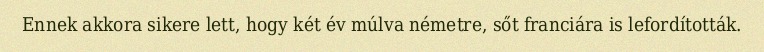
Ennek akkora sikere lett, hogy két év múlva németre, sőt franciára is lefordították.